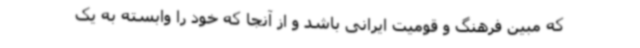
که مبین فرهنگ و قومیت ایرانی باشد و از آنجا که خود را وابسته به یک